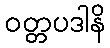
ဝတ္တပဒါနိ